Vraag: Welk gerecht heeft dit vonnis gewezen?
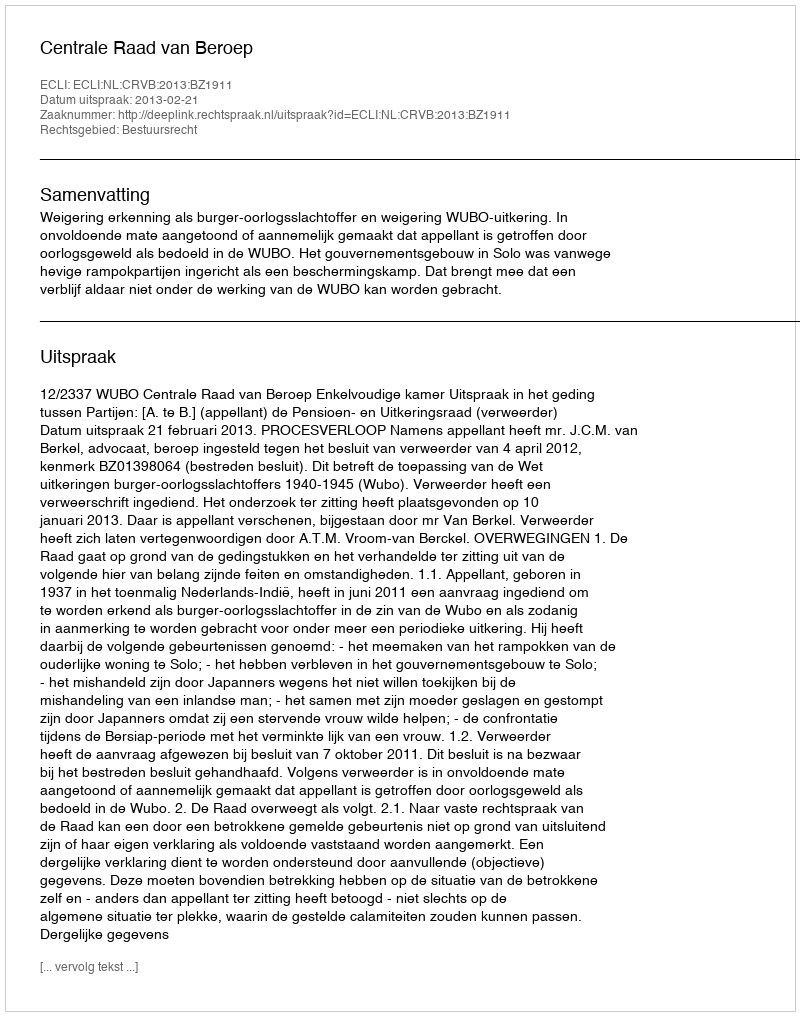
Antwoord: Centrale Raad van Beroep